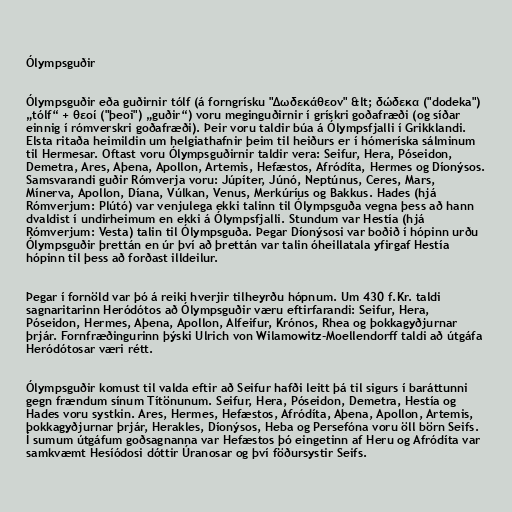
Ólympsguðir

Ólympsguðir eða guðirnir tólf (á forngrísku "Δωδεκάθεον" &lt; δώδεκα ("dodeka")
„tólf“ + θεοί ("þeoi") „guðir“) voru meginguðirnir í grískri goðafræði (og síðar
einnig í rómverskri goðafræði). Þeir voru taldir búa á Ólympsfjalli í Grikklandi.
Elsta ritaða heimildin um helgiathafnir þeim til heiðurs er í hómeríska sálminum
til Hermesar. Oftast voru Ólympsguðirnir taldir vera: Seifur, Hera, Póseidon,
Demetra, Ares, Aþena, Apollon, Artemis, Hefæstos, Afródíta, Hermes og Díonýsos.
Samsvarandi guðir Rómverja voru: Júpíter, Júnó, Neptúnus, Ceres, Mars,
Mínerva, Apollon, Díana, Vúlkan, Venus, Merkúríus og Bakkus. Hades (hjá
Rómverjum: Plútó) var venjulega ekki talinn til Ólympsguða vegna þess að hann
dvaldist í undirheimum en ekki á Ólympsfjalli. Stundum var Hestía (hjá
Rómverjum: Vesta) talin til Ólympsguða. Þegar Díonýsosi var boðið í hópinn urðu
Ólympsguðir þrettán en úr því að þrettán var talin óheillatala yfirgaf Hestía
hópinn til þess að forðast illdeilur.

Þegar í fornöld var þó á reiki hverjir tilheyrðu hópnum. Um 430 f.Kr. taldi
sagnaritarinn Heródótos að Ólympsguðir væru eftirfarandi: Seifur, Hera,
Póseidon, Hermes, Aþena, Apollon, Alfeifur, Krónos, Rhea og þokkagyðjurnar
þrjár. Fornfræðingurinn þýski Ulrich von Wilamowitz-Moellendorff taldi að útgáfa
Heródótosar væri rétt.

Ólympsguðir komust til valda eftir að Seifur hafði leitt þá til sigurs í baráttunni
gegn frændum sínum Títönunum. Seifur, Hera, Póseidon, Demetra, Hestía og
Hades voru systkin. Ares, Hermes, Hefæstos, Afródíta, Aþena, Apollon, Artemis,
þokkagyðjurnar þrjár, Herakles, Díonýsos, Heba og Persefóna voru öll börn Seifs.
Í sumum útgáfum goðsagnanna var Hefæstos þó eingetinn af Heru og Afródíta var
samkvæmt Hesíódosi dóttir Úranosar og því föðursystir Seifs.